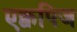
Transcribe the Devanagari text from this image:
एक्वपिज